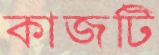
কাজটি